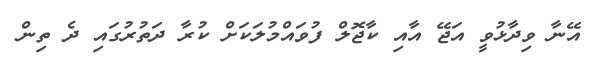
އޭނާ ވިދާޅުވީ އަޖޭ އާއި ކާޖޮލް ފުވައްމުލަކަށް ކުރާ ދަތުރުގައި ދެ ތިން